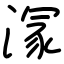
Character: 溕